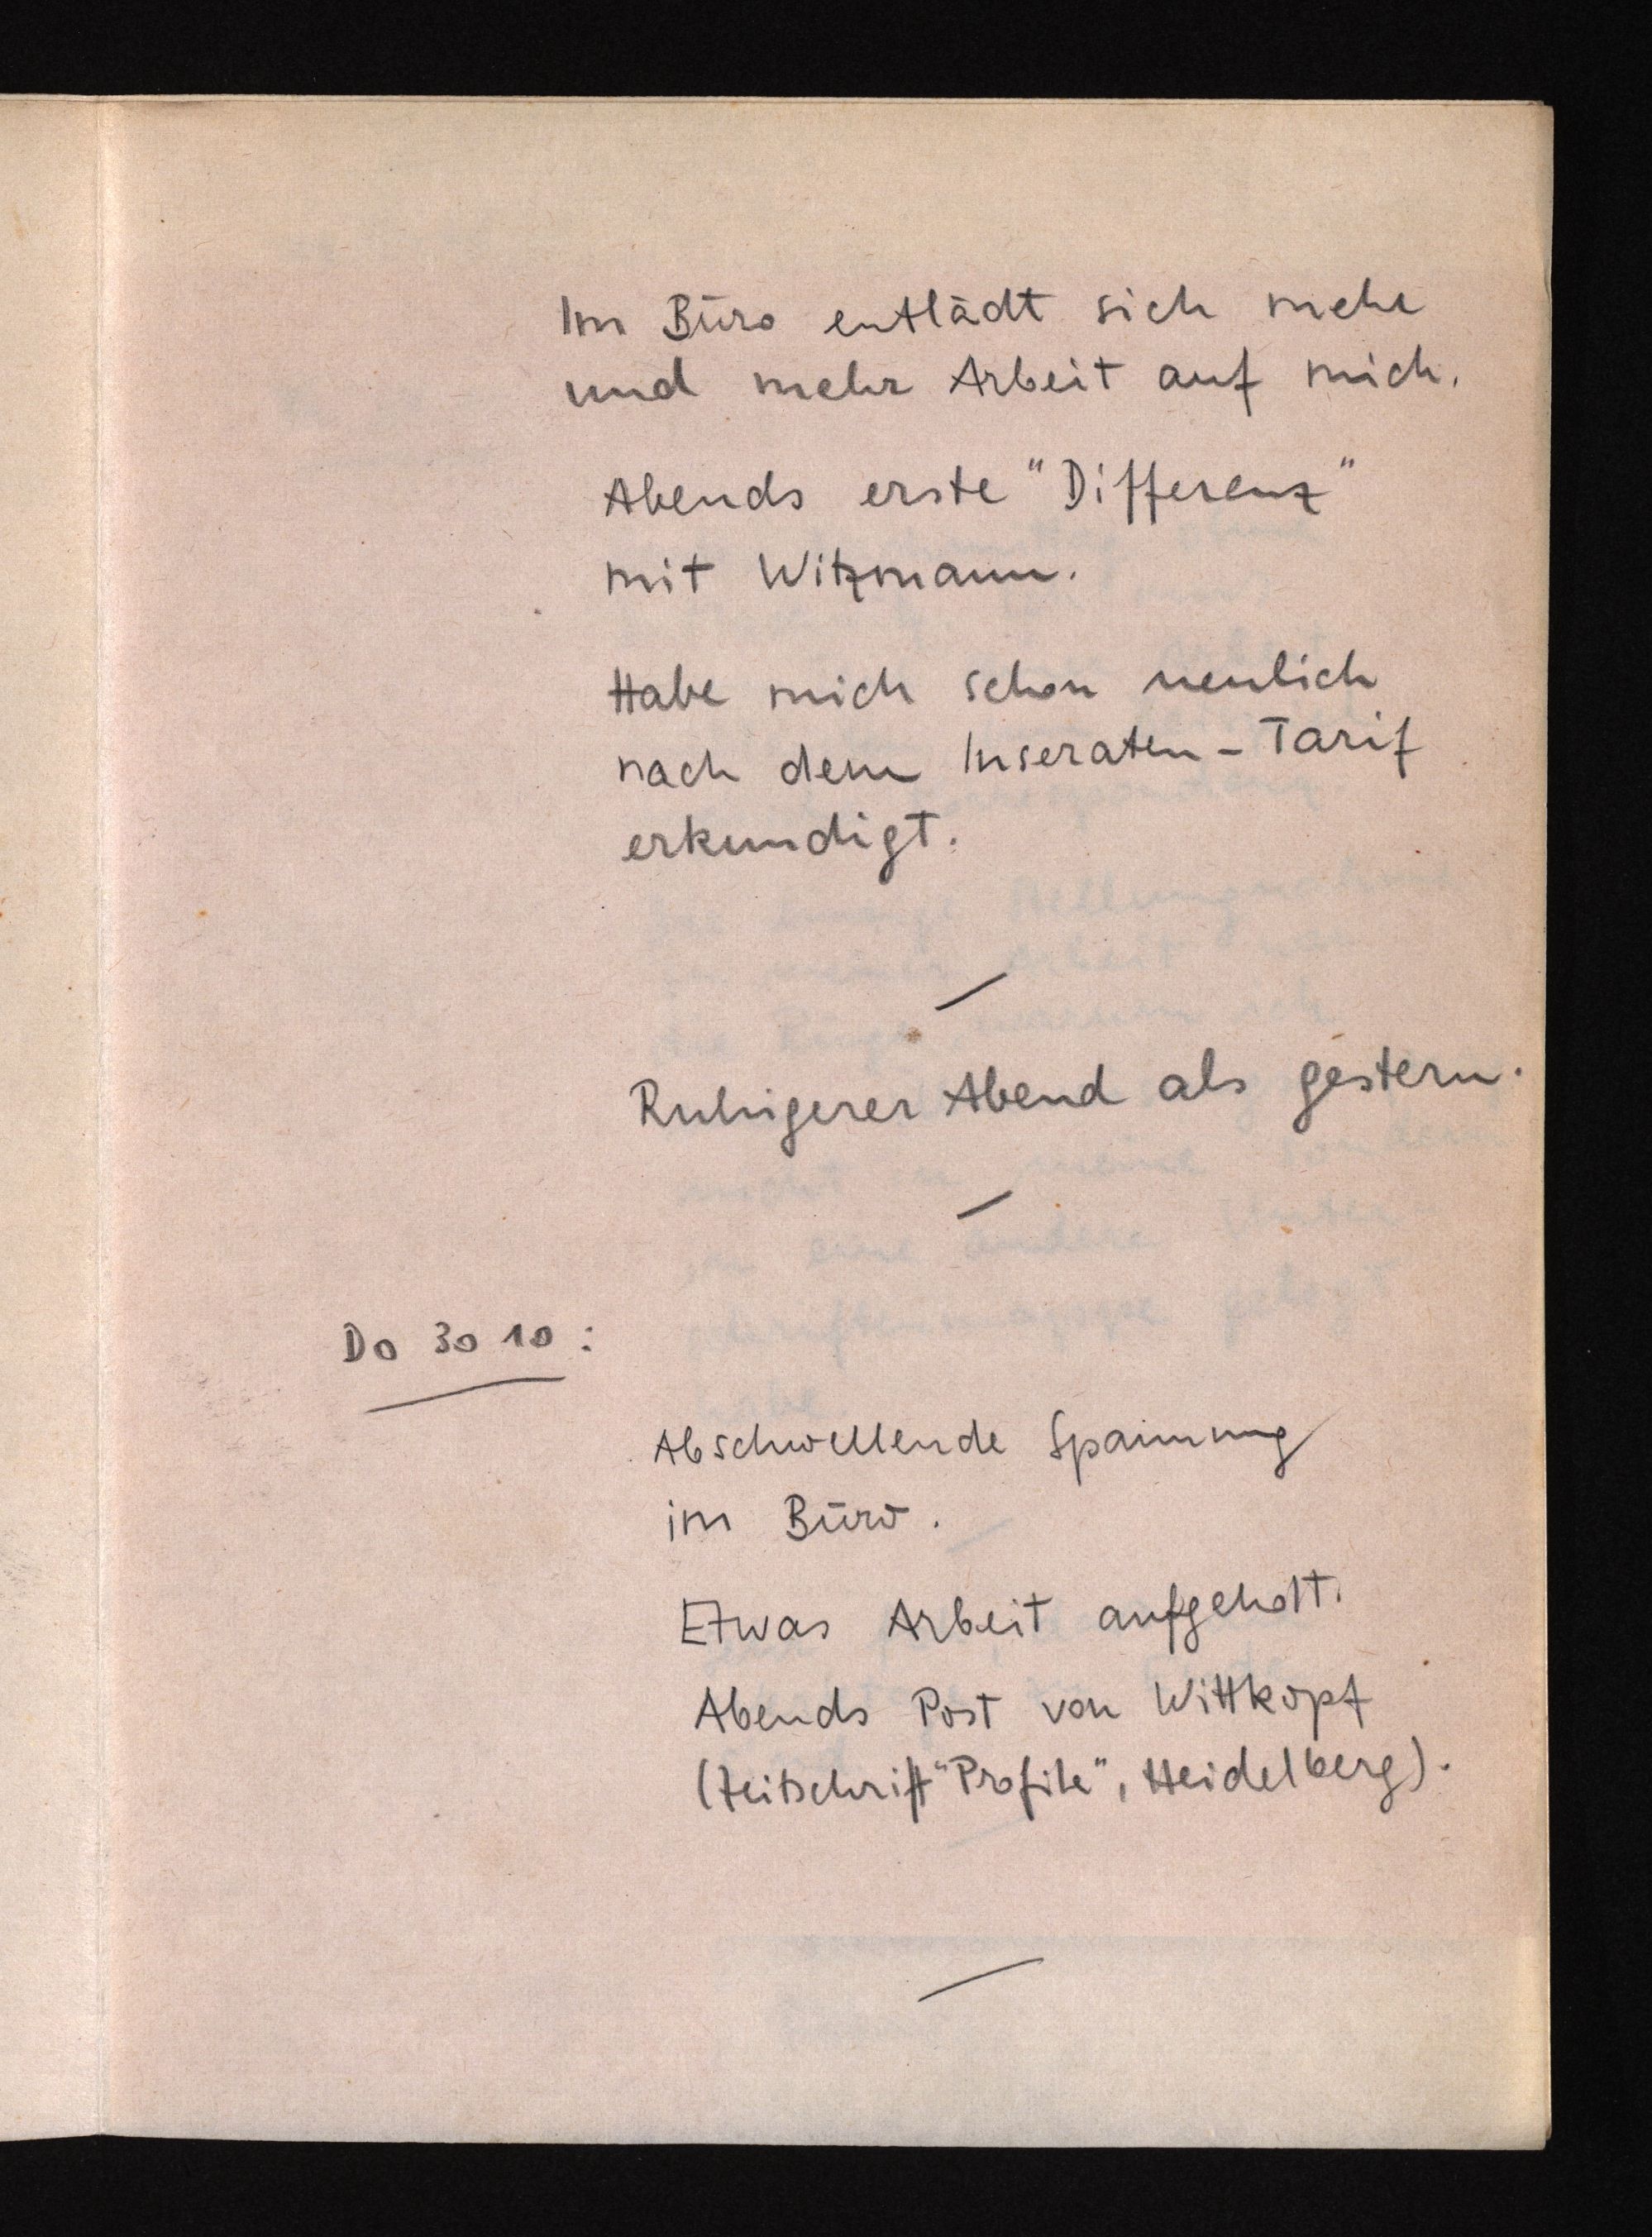
Im Büro entlädt sich mehr
und mehr Arbeit auf mich.
Abends erste "Differenz"
mit Witzmann.
Habe mich schon neulich
nach dem Inseraten-Tarif
erkundigt.
Ruhigerer Abend als gestern.
Do 30 10:
Abschwellende Spannung
im Büro.
Etwas Arbeit aufgeholt.
Abends Post von Wittkopf
(Zeitschrift "Profile", Heidelberg).